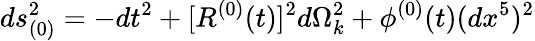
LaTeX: ds_{(0)}^{2}=-dt^{2}+[R^{(0)}(t)]^{2}d\Omega_{k}^{2}+\phi^{(0)}(t)(dx^{5})^{2}